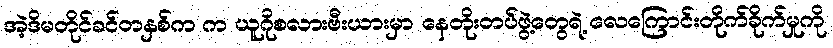
အဲ့ဒိမတိုင်ခင်တနှစ်က က ယူဂိုစလားဗီးယားမှာ နေတိုးတပ်ဖွဲ့တွေရဲ့ လေကြောင်းတိုက်ခိုက်မှုကို